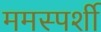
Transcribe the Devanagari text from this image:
ममस्पर्शी